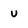
Character: u